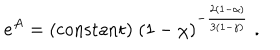
e ^ { A } = \mathrm { ( c o n s t a n t ) } \; ( 1 - \chi ) ^ { - \frac { 2 ( 1 - \alpha ) } { 3 ( 1 - \gamma ) } } \; .